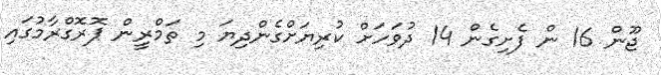
ޖޫން 16 ން ފެށިގެން 14 ދުވަހަށް ކުރިޔަށްގެންދިޔަ މި ތަމްރީން ޕޮރޮގްރާމުގައި